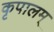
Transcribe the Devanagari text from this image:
कृपालम्